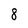
Character: 8